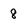
Character: 8